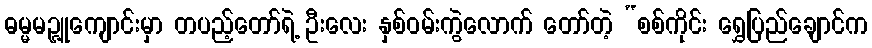
ဓမ္မမဉ္ဇူကျောင်းမှာ တပည့်တော်ရဲ့ ဦးလေး နှစ်ဝမ်းကွဲလောက် တော်တဲ့ “စစ်ကိုင်း ရွှေပြည်ချောင်က